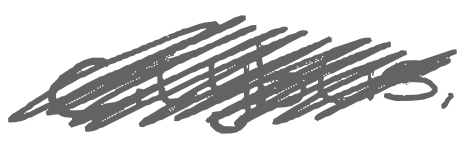
Text: Citybus,
Cross-out: scratch
Writing tool: digital_gray